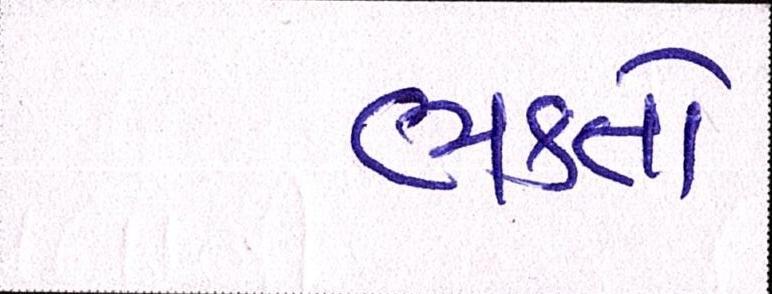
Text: ભક્તો